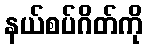
နယ်စပ်ဂိတ်ကို